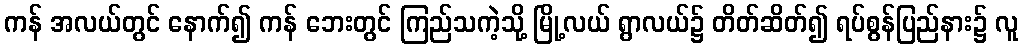
ကန် အလယ်တွင် နောက်၍ ကန် ဘေးတွင် ကြည်သကဲ့သို့ မြို့လယ် ရွာလယ်၌ တိတ်ဆိတ်၍ ရပ်စွန်ပြည်နား၌ လူ